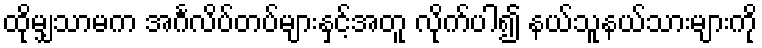
ထိုမျှသာမက အင်္ဂလိပ်တပ်များနှင့်အတူ လိုက်ပါ၍ နယ်သူနယ်သားများကို